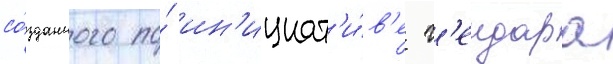
со́зданного по́ ин'ициат'и́в'е г'еидара